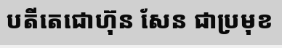
បតីតេជោហ៊ុន សែន ជាប្រមុខ